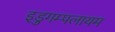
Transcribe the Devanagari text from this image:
इडुगम्पलायम